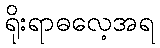
ရိုးရာဓလေ့အရ